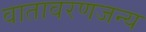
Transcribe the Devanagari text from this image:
वातावरणजन्य